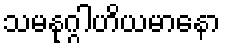
သမနုဂ္ဂါဟိယမာနော